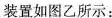
装置如图乙所示：